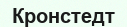
Кронстедт